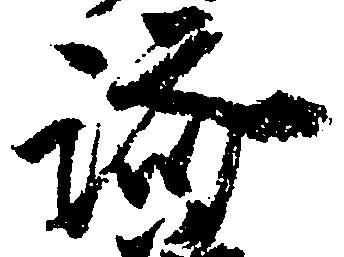
済